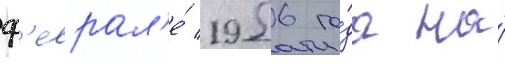
ф'еврал'е́ 1956 го́да на́